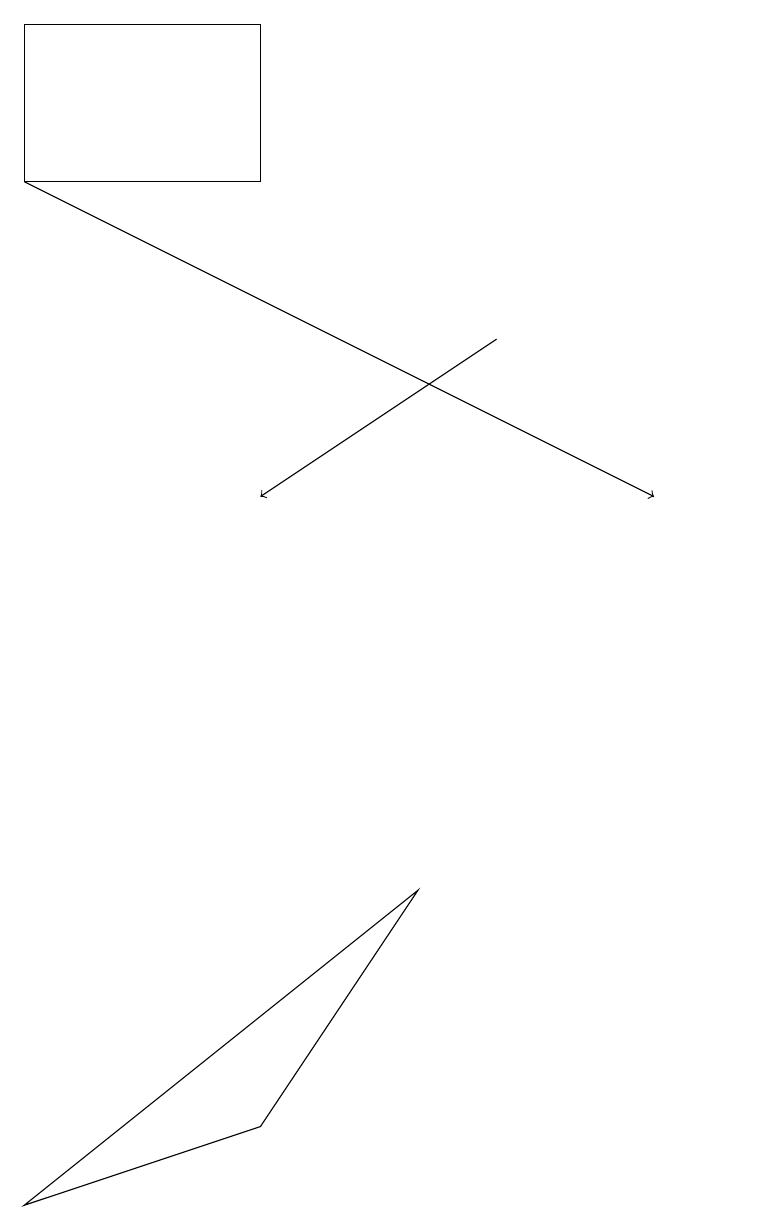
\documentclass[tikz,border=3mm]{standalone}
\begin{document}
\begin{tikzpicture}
\draw[->] (1,17) -- (9,13);
\draw (10,12) circle (0);
\draw[->] (7,15) -- (4,13);
\draw (6,8) -- (1,4) -- (4,5) -- cycle;
\draw (1,19) rectangle (4,17);
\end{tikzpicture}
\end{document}